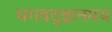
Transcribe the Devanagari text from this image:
भगवद्ज्ञानमय